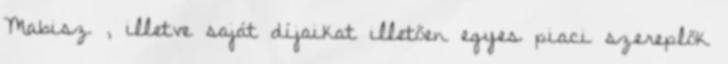
Mabisz , illetve saját díjaikat illetően egyes piaci szereplők